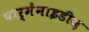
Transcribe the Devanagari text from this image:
पार्मेंनाइडीज़